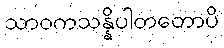
သာဝကသန္နိပါတတောပိ